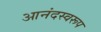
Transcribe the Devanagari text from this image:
आनंदस्वरूप